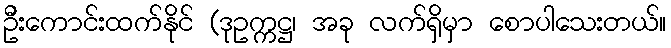
ဦးကောင်းထက်နိုင် (ဒုဥက္ကဋ္ဌ၊ အခု လက်ရှိမှာ စောပါသေးတယ်။